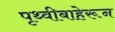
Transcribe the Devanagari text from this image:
पृथ्वीबाहेरून